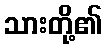
သားတို့၏